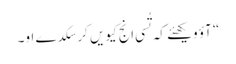
‏“‏ آؤ ویکھئے کہ تُسی اِنج کیویں کر سکدے او۔